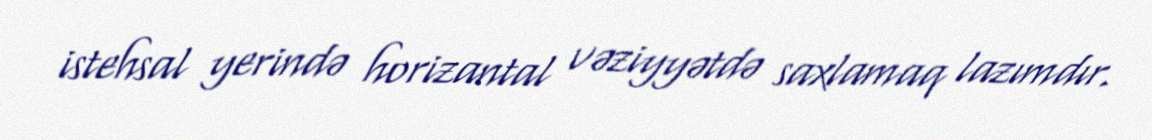
istehsal yerində horizantal vəziyyətdə saxlamaq lazımdır.